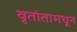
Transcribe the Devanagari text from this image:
वृतांतामधून